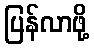
ပြန်လာဖို့